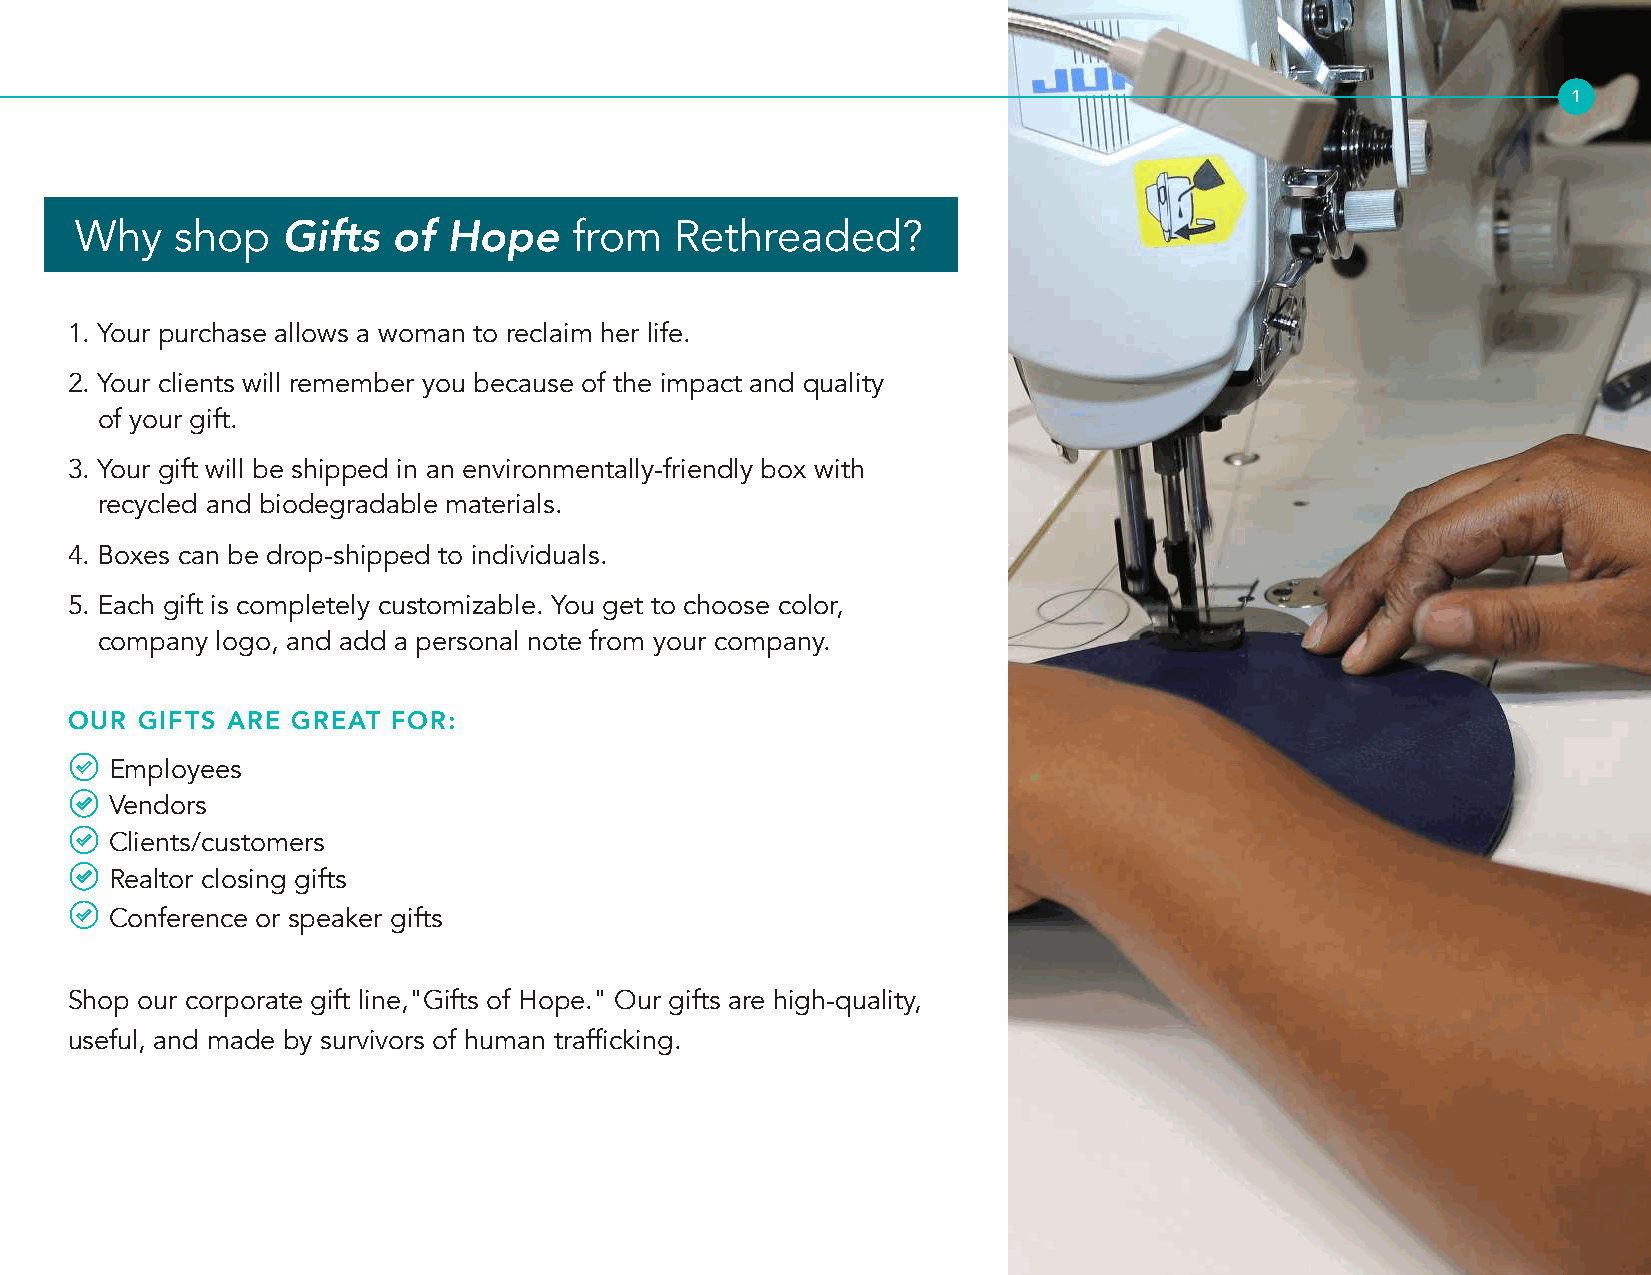
1
 Why    shop   Gifts  of  Hope    from   Rethreaded?
 1. Your purchase allows a woman to reclaim her life.
 2. Your clients will remember you because of the impact and quality
 of your gift.
 3. Your gift will be shipped in an environmentally-friendly box with
 recycled and biodegradable materials.
 4. Boxes can be drop-shipped to individuals.
 5. Each gift is completely customizable. You get to choose color,
 company logo, and add a personal note from your company.
 OUR  GIFTS ARE GREAT  FOR:
 Employees
 Vendors
 Clients/customers
 Realtor closing gifts
 Conference or speaker gifts
 Shop our corporate gift line,"Gifts of Hope." Our gifts are high-quality,
 useful, and made by survivors of human trafficking.